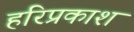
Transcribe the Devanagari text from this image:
हरिप्रकाश